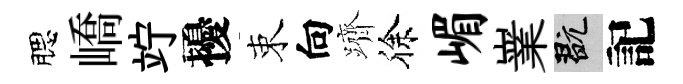
腮嶠竚擾束向躋徐嵋嶪玩記